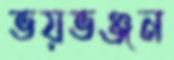
ভয়ভঞ্জন